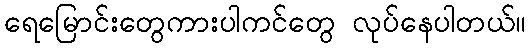
ရေမြောင်းတွေကားပါကင်တွေ လုပ်နေပါတယ်။